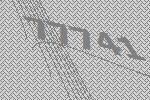
77741